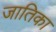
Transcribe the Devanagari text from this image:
जातिका